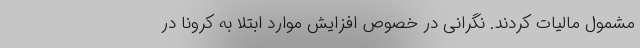
مشمول مالیات کردند. نگرانی در خصوص افزایش موارد ابتلا به کرونا در